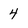
Character: 4